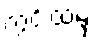
ကွင်းထဲမှ